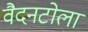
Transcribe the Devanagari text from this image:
वैदनटोला